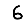
Digit: 6